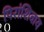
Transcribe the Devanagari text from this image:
पिरांशिवाय